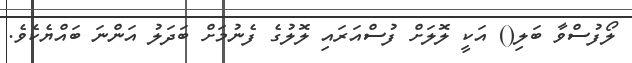
ލޯފުސްވާ ބަލި() އަކީ ލޮލަށް ފުސްއަރައި ލޮލުގެ ފެނުމަށް ބަދަލު އަންނަ ބައްޔެކެވެ.